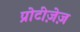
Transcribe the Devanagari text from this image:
प्रोटीज़ेज़